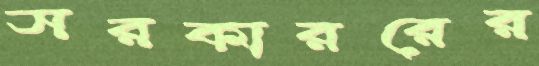
সরকাররের